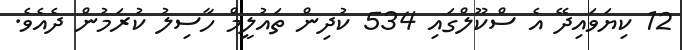
12 ކިޔަވައިދޭ އެ ސްކޫލްގައި 534 ކުދިން ތައުލީމް ހާސިލު ކުރަމުން ދެއެވެ.